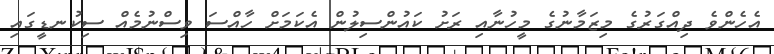
އެހެންވެ ދިއްގަރުގެ މިޒަމާނުގެ މީހުނާއި ރަށު ކައުންސިލުން އެކަމަށް ހާއްސަ ވިސްނުމެއް ސިކުނޑީގައި